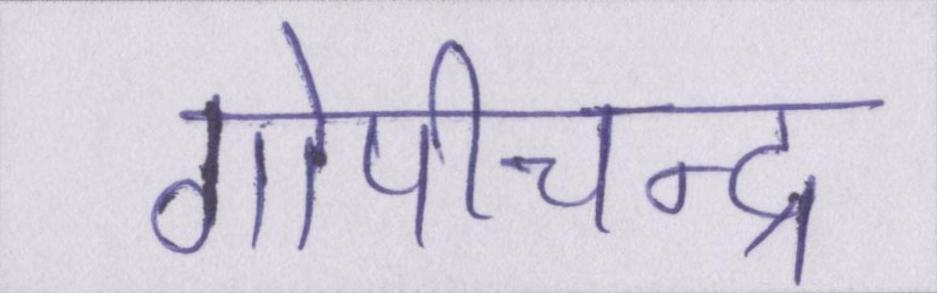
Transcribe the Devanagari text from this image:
गोपीचन्द्र